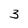
Character: 3